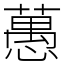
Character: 𦽳